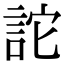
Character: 詑